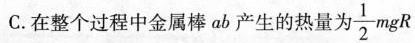
C.在整个过程中金属棒ab产生的热量为 \frac{1}{2}mgR